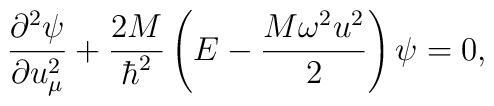
\frac{{\partial}^2\psi}{\partial u^2_\mu}+ \frac{2M}{\hbar^2}\left(E-\frac{M\omega^2u^2}{2}\right)\psi=0,